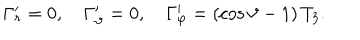
\Gamma _ { r } ^ { \prime } = 0 , \quad \Gamma _ { \vartheta } ^ { \prime } = 0 , \quad \Gamma _ { \varphi } ^ { \prime } = \left( \cos \vartheta - 1 \right) T _ { 3 } .